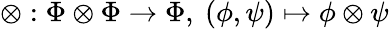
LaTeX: \otimes:\Phi\otimes\Phi\rightarrow\Phi,~(\phi,\psi)\mapsto\phi\otimes\psi